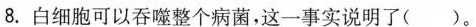
8.白细胞可以吞噬整个病菌，这一事实说明了( )。